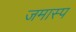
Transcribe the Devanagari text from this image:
जमास्प